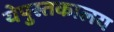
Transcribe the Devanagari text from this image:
येपुस्तकालय